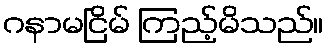
ဂနာမငြိမ် ကြည့်မိသည်။